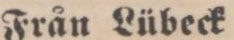
Från Lübeck